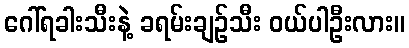
ဂေါ်ရခါးသီးနဲ့ ခရမ်းချဉ်သီး ဝယ်ပါဦးလား။